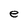
Character: e